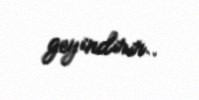
geyindirir..